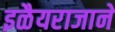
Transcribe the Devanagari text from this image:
इळैयराजाने